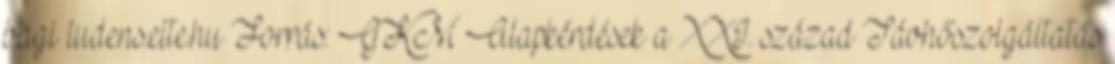
bagi ludens.elte.hu Forrás: GKM Alapkérdések a XXI. század Távhőszolgáltatás